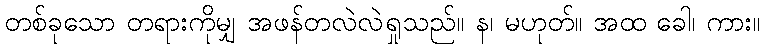
တစ်ခုသော တရားကိုမျှ အဖန်တလဲလဲရှုသည်။ န၊ မဟုတ်။ အထ ခေါ၊ ကား။